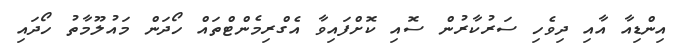
އިންޑިއާ އާއި ދިވެހި ސަރުކާރުން ސޮއި ކޮށްފައިވާ އެގްރިމެންޓްތައް ހޯދަން މައުލޫމާތު ހޯދައި